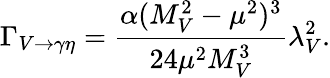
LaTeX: \Gamma_{V\rightarrow\gamma\eta}=\frac{\alpha(M_{V}^{2}-\mu^{2})^{3}}{24\mu^{2}M_{V}^{3}}\lambda_{V}^{2}.